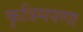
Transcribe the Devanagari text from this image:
कृत्रिमपणा